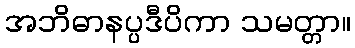
အဘိဓာနပ္ပဒီပိကာ သမတ္တာ။